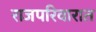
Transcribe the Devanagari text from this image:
राजपरिवारात